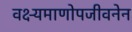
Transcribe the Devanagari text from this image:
वक्ष्यमाणोपजीवनेन